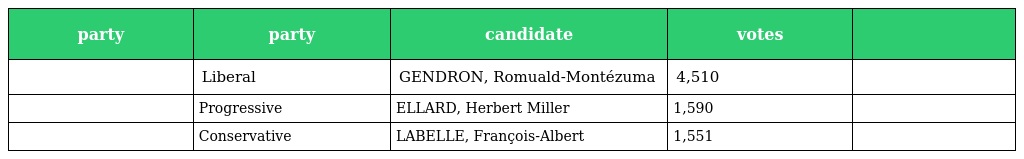
| party | party | candidate | votes |  |
 | --- | --- | --- | --- | --- |
 |  | Liberal | GENDRON, Romuald-Montézuma | 4,510 |  |
 |  | Progressive | ELLARD, Herbert Miller | 1,590 |  |
 |  | Conservative | LABELLE, François-Albert | 1,551 |  |